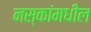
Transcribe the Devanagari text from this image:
नस्कांमधील